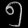
Digit: ၅